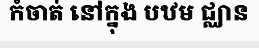
កំចាត់ នៅក្នុង បឋម ជ្ឈាន